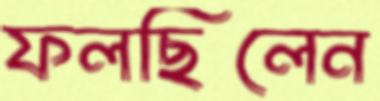
ফলছিলেন